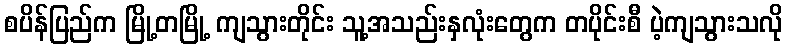
စပိန်ပြည်က မြို့တမြို့ ကျသွားတိုင်း သူ့အသည်းနှလုံးတွေက တပိုင်းစီ ပဲ့ကျသွားသလို